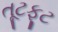
તૂટફૂટ